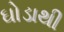
ઘોડાથી